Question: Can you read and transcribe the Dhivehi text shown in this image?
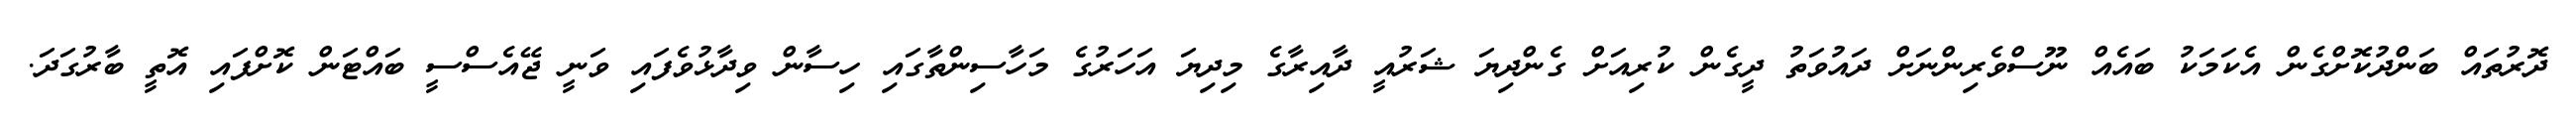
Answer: ދޮރުތައް ބަންދުކޮށްގެން އެކަމަކު ބައެއް ނޫސްވެރިންނަށް ދައުވަތު ދީގެން ކުރިއަށް ގެންދިޔަ ޝަރުއީ ދާއިރާގެ މިދިޔަ އަހަރުގެ މަހާސިންތާގައި ހިސާން ވިދާޅުވެފައި ވަނީ ޖޭއެސްސީ ބައްޓަން ކޮށްފައި އޮތީ ބާރުގަދަ.